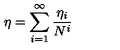
\eta = \sum _ { i = 1 } ^ { \infty } \frac { \eta _ { i } } { N ^ { i } }